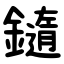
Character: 䥦